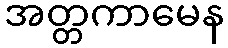
အတ္တကာမေန